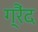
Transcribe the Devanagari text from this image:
ग्रैंद